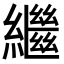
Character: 繼